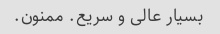
بسیار عالی و سریع. ممنون.